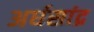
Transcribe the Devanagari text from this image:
अर्धसांद्र